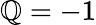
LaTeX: \mathbb{Q}=-1